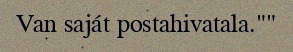
Van saját postahivatala.""